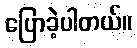
ပြောခဲ့ပါတယ်။